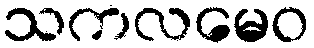
သကလမေဝ